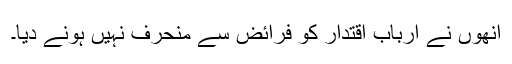
انھوں نے ارباب اقتدار کو فرائض سے منحرف نہیں ہونے دیا۔